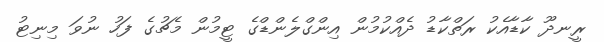
ރީނދޫ ކާޑާއެކު ރަތްކާޑު ދެއްކުމުން އިންގްލެންޑްގެ ޓީމުން މެޗުގެ ފަހު ނުވަ މިނިޓު